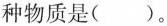
种物质是（）。